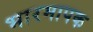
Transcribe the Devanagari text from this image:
भारमापक